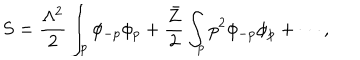
S = \frac { \Lambda ^ { 2 } } { 2 } \int _ { p } \phi _ { - p } \phi _ { p } + \frac { \bar { Z } } { 2 } \int _ { p } p ^ { 2 } \phi _ { - p } \phi _ { p } + \cdots ,